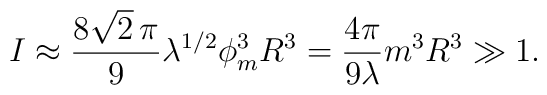
I \approx {8\sqrt{2}\,\pi\over 9}\lambda^{1/2}\phi_m^3 R^3    = {4\pi\over 9\lambda}m^3 R^3 \gg 1.